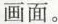
画面。